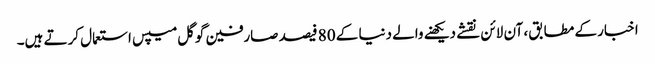
اخبار کے مطابق، آن لائن نقشے دیکھنے والے دنیا کے 80 فیصد صارفین گوگل میپس استعمال کرتے ہیں۔